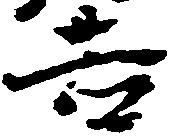
吉